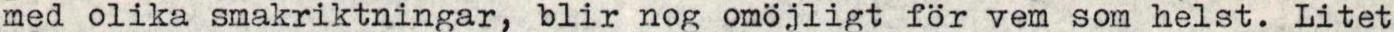
med olika smakriktningar, blir nog omöjligt för vem som helst. Litet